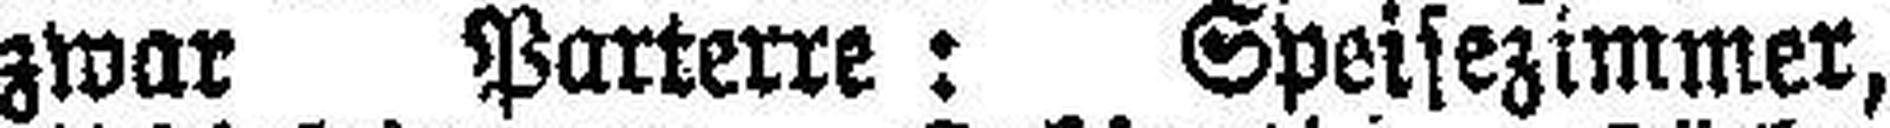
zwar Parterre: Speisezimmer,